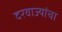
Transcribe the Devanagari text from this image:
दरवाज्यांचा